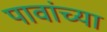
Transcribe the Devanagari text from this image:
पावांच्या